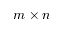
m \times n